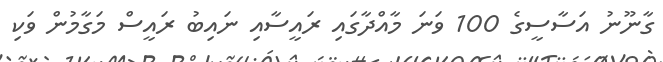
ގާނޫނު އަސާސީގެ 100 ވަނަ މާއްދާގައި ރައީސާއި ނައިބު ރައީސް މަގާމުން ވަކި